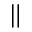
\Vert